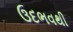
ઉદભવથી